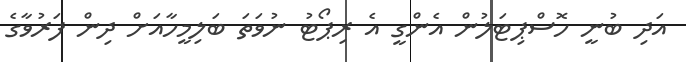
އަދި ބުނީ ހޮސްޕިޓަލުން އެންގީ އެ ރިޕޯޓު ނުވަތަ ބަލިމީހާއަށް ދިން ފަރުވާގެ